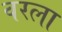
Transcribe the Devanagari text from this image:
वरला